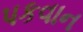
પકવાન